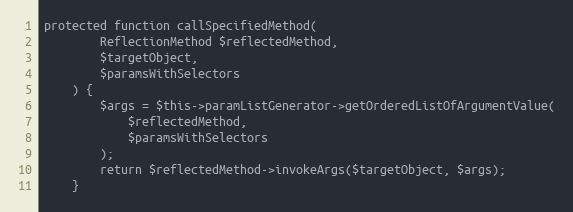
Language: PHP
protected function callSpecifiedMethod(
        ReflectionMethod $reflectedMethod,
        $targetObject,
        $paramsWithSelectors
    ) {
        $args = $this->paramListGenerator->getOrderedListOfArgumentValue(
            $reflectedMethod,
            $paramsWithSelectors
        );
        return $reflectedMethod->invokeArgs($targetObject, $args);
    }